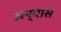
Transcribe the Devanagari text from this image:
अन्यास